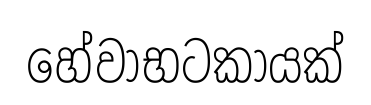
හේවාභටකායක්